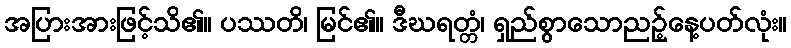
အပြားအားဖြင့်သိ၏။ ပဿတိ၊ မြင်၏။ ဒီဃရတ္တံ၊ ရှည်စွာသောညဉ့်နေ့ပတ်လုံး။